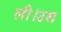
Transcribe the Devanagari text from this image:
ली।उस